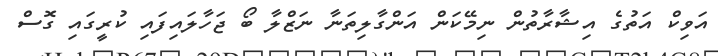
އަވިކް އަތުގެ އިޝާރާތުން ނިމޭކަން އަންގާލިތަނާ ނަޒްލާ ބޯ ޖަހާލައިފައި ކުރީގައި ގޮސް